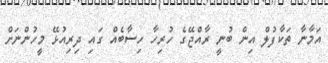
އަމާނާ ތަކާފުލް އިން ބުނީ ރާއްޖޭގެ ހުރިހާ ހިސާބެއް ގައި ދިރިއުޅޭ މީހުންނަށް